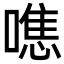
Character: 㗹